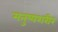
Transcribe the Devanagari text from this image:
मनुष्यशरीर